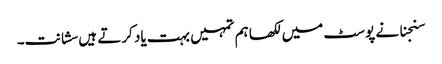
سنجنا نے پوسٹ میں لکھا ہم تمہیں بہت یاد کرتے ہیں سشانت۔